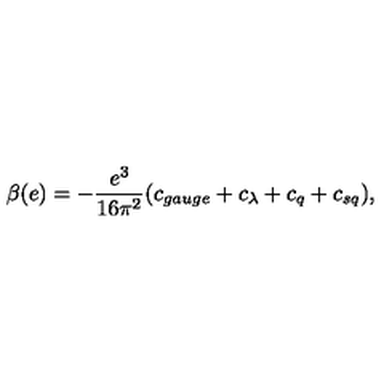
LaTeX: \beta ( e ) = - \frac { e ^ { 3 } } { 1 6 \pi ^ { 2 } } ( c _ { g a u g e } + c _ { \lambda } + c _ { q } + c _ { s q } ) ,